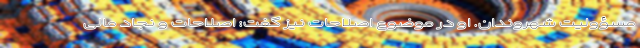
مسؤولیت شهروندان. او در موضوع اصلاحات نیز گفت: اصلاحات و نجاد مالی